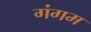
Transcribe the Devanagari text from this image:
गंगम